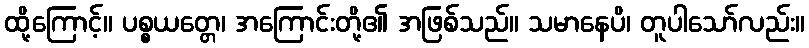
ထို့ကြောင့်။ ပစ္စယတ္တေ၊ အကြောင်းတို့၏ အဖြစ်သည်။ သမာနေပိ၊ တူပါသော်လည်း။